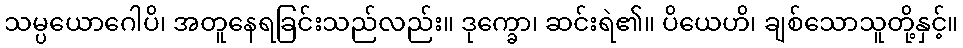
သမ္ပယောဂေါပိ၊ အတူနေရခြင်းသည်လည်း။ ဒုက္ခော၊ ဆင်းရဲ၏။ ပိယေဟိ၊ ချစ်သောသူတို့နှင့်။